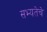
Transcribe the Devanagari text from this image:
सभ्यतेचे